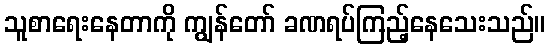
သူစာရေးနေတာကို ကျွန်တော် ခဏရပ်ကြည့်နေသေးသည်။